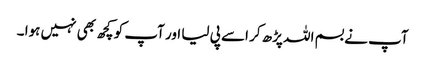
آپ نے بسم اللہ پڑھ کر اسے پی لیا اور آپ کو کچھ بھی نہیں ہوا ۔